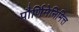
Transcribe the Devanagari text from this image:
पौर्णिमेनिमित्त